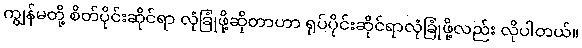
ကျွန်မတို့ စိတ်ပိုင်းဆိုင်ရာ လုံခြုံဖို့ဆိုတာဟာ ရုပ်ပိုင်းဆိုင်ရာလုံခြုံဖို့လည်း လိုပါတယ်။